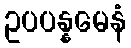
ဥပပန္နမေနံ